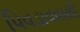
પિવડાવવાથી